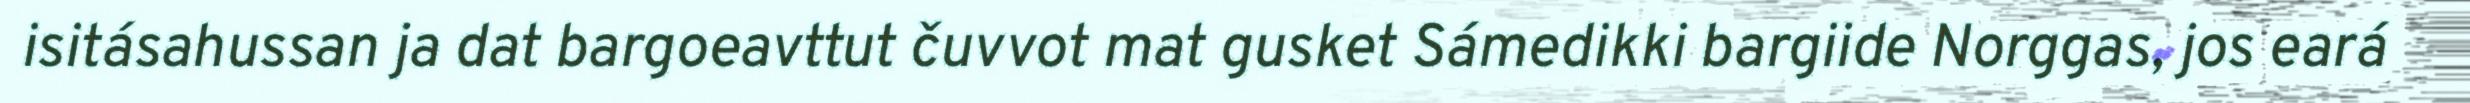
isitásahussan ja dat bargoeavttut čuvvot mat gusket Sámedikki bargiide Norggas, jos eará